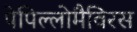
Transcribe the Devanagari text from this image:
पेपिल्लोमैविरस